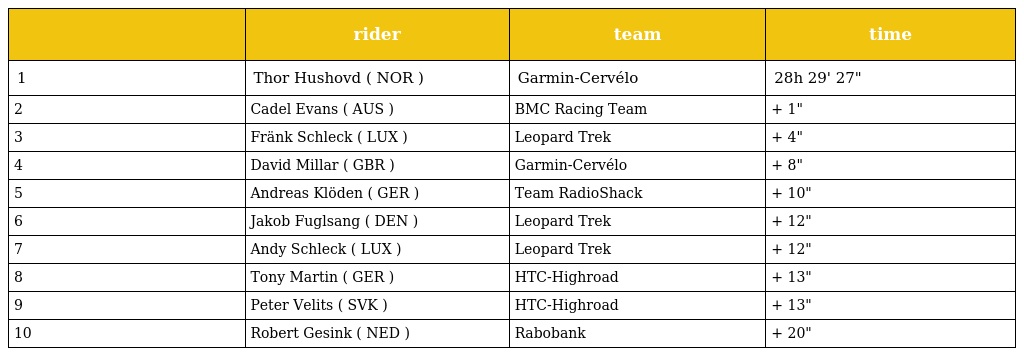
|  | rider | team | time |
 | --- | --- | --- | --- |
 | 1 | Thor Hushovd ( NOR ) | Garmin-Cervélo | 28h 29' 27" |
 | 2 | Cadel Evans ( AUS ) | BMC Racing Team | + 1" |
 | 3 | Fränk Schleck ( LUX ) | Leopard Trek | + 4" |
 | 4 | David Millar ( GBR ) | Garmin-Cervélo | + 8" |
 | 5 | Andreas Klöden ( GER ) | Team RadioShack | + 10" |
 | 6 | Jakob Fuglsang ( DEN ) | Leopard Trek | + 12" |
 | 7 | Andy Schleck ( LUX ) | Leopard Trek | + 12" |
 | 8 | Tony Martin ( GER ) | HTC-Highroad | + 13" |
 | 9 | Peter Velits ( SVK ) | HTC-Highroad | + 13" |
 | 10 | Robert Gesink ( NED ) | Rabobank | + 20" |